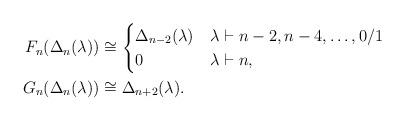
LaTeX: \begin{align*} F_n(\Delta_n(\lambda))&\cong\begin{cases} \Delta_{n-2}(\lambda)&\lambda\vdash n-2,n-4,\dots,0/1\\ 0&\lambda\vdash n, \end{cases}\\ G_n(\Delta_n(\lambda))&\cong\Delta_{n+2}(\lambda).\end{align*}